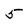
Character: 5